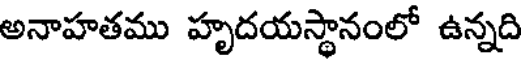
అనాహతము హృదయస్థానంలో ఉన్నది